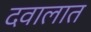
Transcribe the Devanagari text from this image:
दवालात